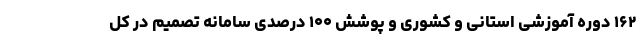
۱۶۲ دوره آموزشی استانی و کشوری و پوشش ۱۰۰ درصدی سامانه تصمیم در کل